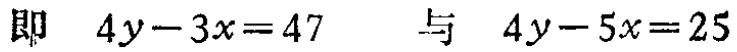
即 \(4y - 3x = 47\) 与 \(4y - 5x = 25\)